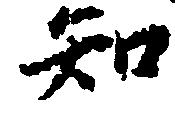
知